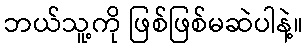
ဘယ်သူ့ကို ဖြစ်ဖြစ်မဆဲပါနဲ့။